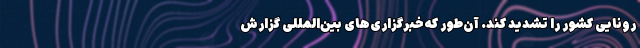
رونایی کشور را تشدید کند. آن‌طور که خبرگزاری‌های بین‌المللی گزارش